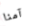
آمنا